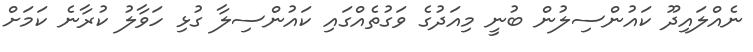
ނެއްލައިދޫ ކައުންސިލުން ބުނީ މިއަދުގެ ވަގުތެއްގައި ކައުންސިލާ ގުޅި ހަވާލު ކުރާނެ ކަމަށް